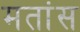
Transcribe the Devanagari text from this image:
मतांस